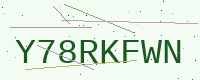
Text: Y78RKFWN